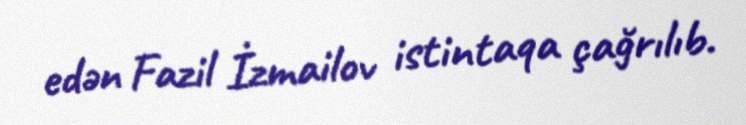
edən Fazil İzmailov istintaqa çağrılıb.